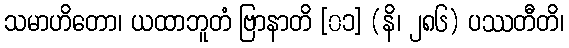
သမာဟိတော၊ ယထာဘူတံ ဗြာနာတိ [၀၁] (နိ၊ ၂၈၆) ပဿတီတိ၊